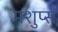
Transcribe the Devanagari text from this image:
मशुप्स